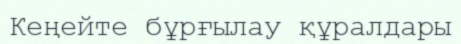
Кеңейте бұрғылау құралдары